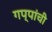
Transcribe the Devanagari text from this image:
गप्पांची